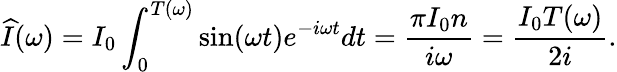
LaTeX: \widehat{I}(\omega)=I_{0}\int_{0}^{T(\omega)}\sin(\omega t)e^{-i\omega t}dt=\frac{\pi I_{0}n}{i\omega}=\frac{I_{0}T(\omega)}{2i}.